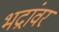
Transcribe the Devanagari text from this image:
भद्रांवर